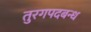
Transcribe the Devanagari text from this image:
तुरगपदबन्ध